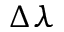
\Delta \lambda